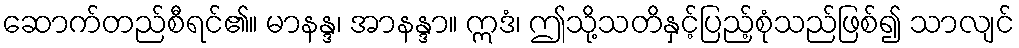
ဆောက်တည်စီရင်၏။ မာနန္ဒ၊ အာနန္ဒာ။ ဣဒံ၊ ဤသို့သတိနှင့်ပြည့်စုံသည်ဖြစ်၍ သာလျင်